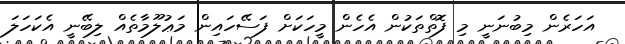
އަހަރެން މިބުނަނީ މި ފޮތްތަކުން އެހެން މީހަކަށް ފަސޭހައިން މަޢުލޫމާތެއް ލިބޭނީ އެކަހަލަ